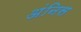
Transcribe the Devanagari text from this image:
अंनिस